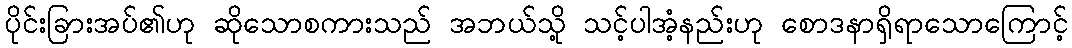
ပိုင်းခြားအပ်၏ဟု ဆိုသောစကားသည် အဘယ်သို့ သင့်ပါအံ့နည်းဟု စောဒနာရှိရာသောကြောင့်